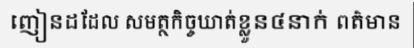
ញៀនដដែល សមត្ថកិច្ចឃាត់ខ្លួន៤នាក់ ពត៌មាន